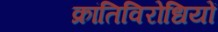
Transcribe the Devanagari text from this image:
क्रांतिविरोधियों